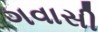
ગવાસી